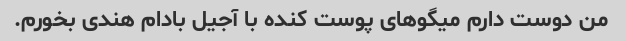
من دوست دارم میگوهای پوست کنده با آجیل بادام هندی بخورم.